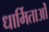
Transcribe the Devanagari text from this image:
धार्मिताओं